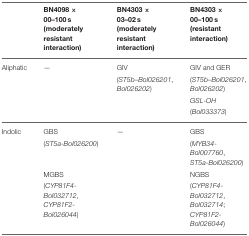
<table><thead><tr><td></td><td><b>BN4098 × 00–100 s (moderately resistant interaction)</b></td><td><b>BN4303 × 03–02 s (moderately resistant interaction)</b></td><td><b>BN4303 × 00–100 s (resistant interaction)</b></td></tr></thead><tbody><tr><td>Aliphatic</td><td>—</td><td>GIV</td><td>GIV and GER</td></tr><tr><td></td><td></td><td>(<i>ST5b</i>–<i>Bol026201, Bol026202</i>)</td><td>(<i>ST5b</i>–<i>Bol026201, Bol026202</i>)</td></tr><tr><td></td><td></td><td></td><td><i>GSL-OH</i></td></tr><tr><td></td><td></td><td></td><td>(<i>Bol033373</i>)</td></tr><tr><td>Indolic</td><td>GBS</td><td>—</td><td>GBS</td></tr><tr><td></td><td>(<i>ST5a</i>-<i>Bol026200</i>)</td><td></td><td>(<i>MYB34</i>-<i>Bol007760, ST5a</i>-<i>Bol026200</i>)</td></tr><tr><td></td><td>MGBS</td><td></td><td>NGBS</td></tr><tr><td></td><td>(<i>CYP81F4</i>-<i>Bol032712, CYP81F2</i>-<i>Bol026044</i>)</td><td></td><td>(<i>CYP81F4</i>-<i>Bol032712, Bol032714</i>; <i>CYP81F2</i>-<i>Bol026044</i>)</td></tr></tbody></table>